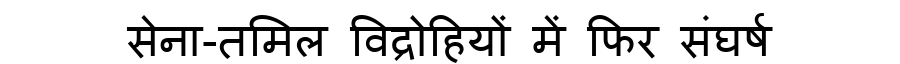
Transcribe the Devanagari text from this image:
सेना-तमिल विद्रोहियों में फिर संघर्ष